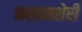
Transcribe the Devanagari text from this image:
कलामशेरी